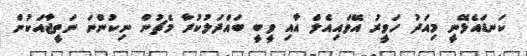
ކަނޑައެޅޭނީ މިއަދު ހަވީރު އޭވައިއެލް އާއި ވީބީ ބައްދަލުކުރާ މެޗުން ނިކުންނަ ނަތީޖާއަކުން